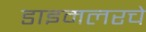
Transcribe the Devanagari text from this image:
डाइमलरचे